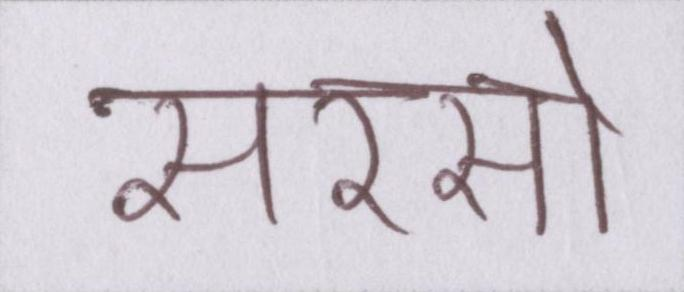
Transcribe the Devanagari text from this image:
सरसों